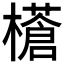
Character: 𭬝